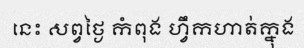
នេះ សព្វថ្ងៃ កំពុង ហ្វឹកហាត់ក្នុង